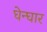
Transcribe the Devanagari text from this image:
घेन्घार